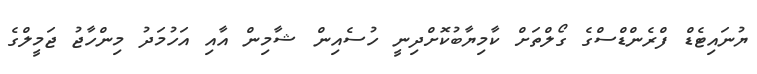
ޔުނައިޓެޑް ފްރެންޑްސްގެ ގޯލްތަށް ކާމިޔާބުކޮށްދިނީ ހުސެއިން ޝާމިން އާއި އަހުމަދު މިންހާޖު ޖަމީލްގެ